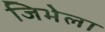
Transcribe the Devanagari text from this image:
जिभेला